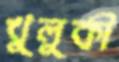
খুলুকী